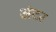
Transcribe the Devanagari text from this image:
अंटर